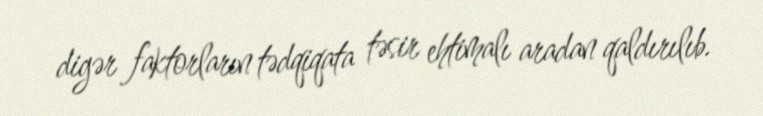
digər faktorların tədqiqata təsir ehtimalı aradan qaldırılıb.